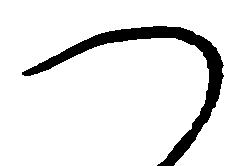
つ